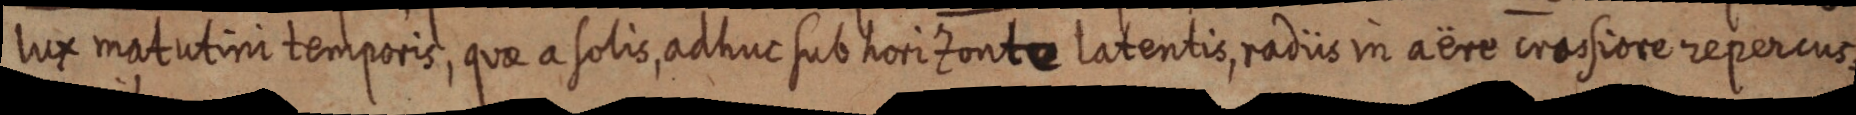
lux matutini temporis, quae a solis, ad huc sub horizonte latentis, radiis in aëre crassiore repercus